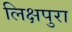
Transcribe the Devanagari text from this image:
लिक्षपुरा